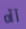
آآه